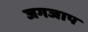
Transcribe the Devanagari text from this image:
जगजाप